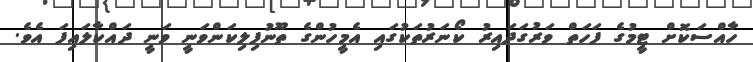
ހާއްސަކޮށް ޓީމުގެ ފަހަތް ވަރުގަދައިރު ކޯނަރުތަކުގައި އެމީހުންގެ ތޫނުފިލިކަންވަނީ ވަނީ ދައްކާލައިފަ އެވެ.